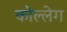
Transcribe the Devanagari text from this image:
कोल्लेग